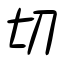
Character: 切